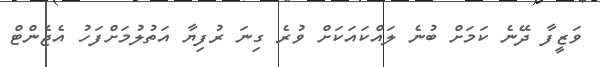
ވަޒީފާ ދޭނެ ކަމަށް ބުނެ ލައްކައަކަށް ވުރެ ގިނަ ރުފިޔާ އަތުލުމަށްފަހު އެޖެންޓް